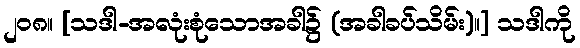
၂၀၈။ [သဒါ-အလုံးစုံသောအခါ၌ (အခါခပ်သိမ်း)။] သဒါကို